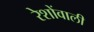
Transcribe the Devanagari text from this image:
रेशोंवाली